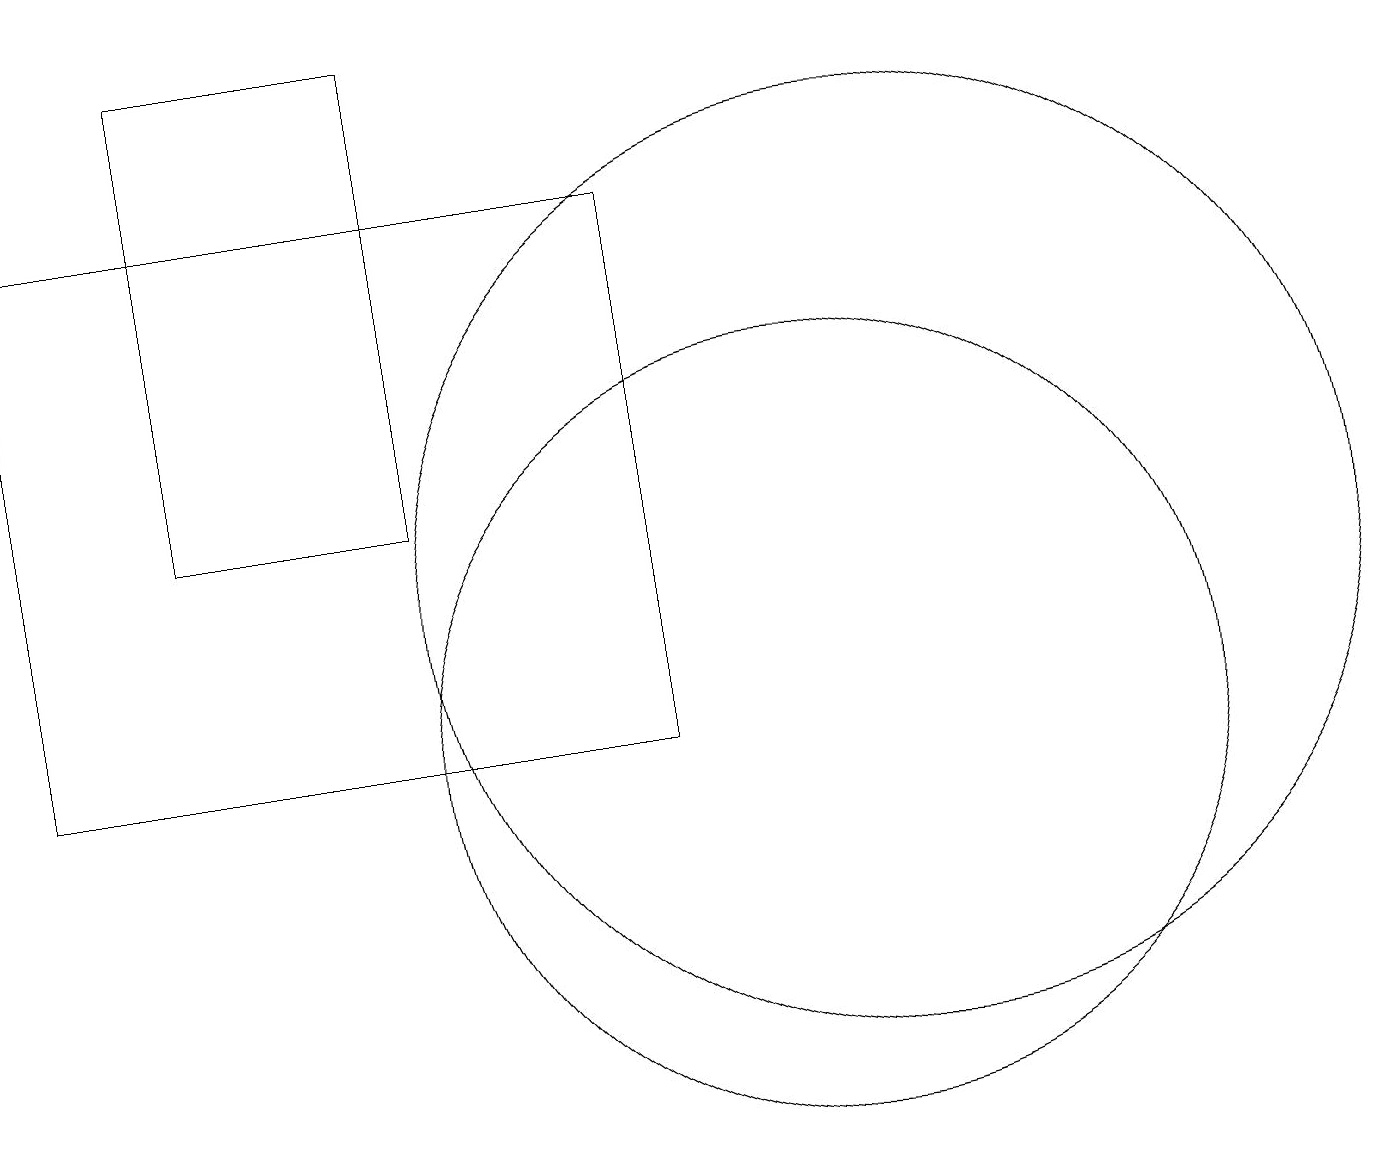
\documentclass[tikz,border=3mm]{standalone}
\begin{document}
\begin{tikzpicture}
\draw (11,10) circle (5);
\draw (12,12) circle (6);
\draw (6,19) rectangle (3,13);
\draw (9,17) rectangle (1,10);
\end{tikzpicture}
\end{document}